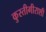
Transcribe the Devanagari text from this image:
कुस्तीगीराशी